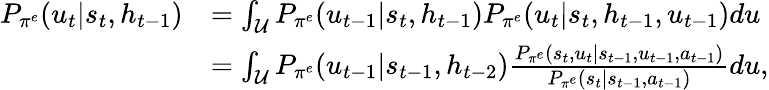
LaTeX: \begin{array}{rl}{P_{\pi^{e}}(u_{t}|s_{t},h_{t-1})}&{=\int_{\mathcal{U}}P_{\pi^{e}}(u_{t-1}|s_{t},h_{t-1})P_{\pi^{e}}(u_{t}|s_{t},h_{t-1},u_{t-1})du}\\ &{=\int_{\mathcal{U}}P_{\pi^{e}}(u_{t-1}|s_{t-1},h_{t-2})\frac{P_{\pi^{e}}(s_{t},u_{t}|s_{t-1},u_{t-1},a_{t-1})}{P_{\pi^{e}}(s_{t}|s_{t-1},a_{t-1})}du,}\end{array}